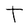
Character: t